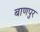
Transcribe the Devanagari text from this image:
बाणपुर